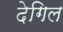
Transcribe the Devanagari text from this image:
देगिल